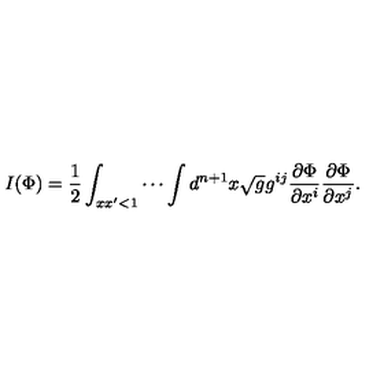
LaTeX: I ( \Phi ) = \frac { 1 } { 2 } \int _ { x x ^ { \prime } < 1 } \cdots \int d ^ { n + 1 } x \sqrt { g } g ^ { i j } \frac { \partial \Phi } { \partial x ^ { i } } \frac { \partial \Phi } { \partial x ^ { j } } .